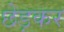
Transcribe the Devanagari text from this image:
छेड़कर